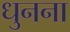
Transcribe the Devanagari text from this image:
धुनना